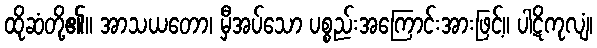
ထိုဆံတို့၏။ အာသယတော၊ မှီအပ်သော ပစ္စည်းအကြောင်းအားဖြင့်။ ပါဋိကုလျံ၊